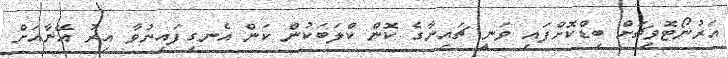
އަރުނޯޓޮވިޗަށް ބިޑްކޮށްފައި ވަނީ ޗައިނާގެ ކޮން ކްލަބަކުން ކަން އެނގިފައިނުވާ އިރު އޭނާއަށް